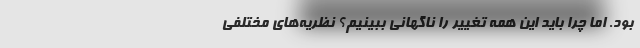
بود. اما چرا باید این همه تغییر را ناگهانی ببینیم؟ نظریه‌های مختلفی